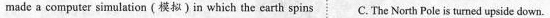
made a computer simulation (模拟)in which the earth spins C. The North Pole is turned upside down.